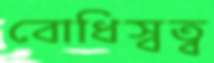
বোধিস্বত্ব